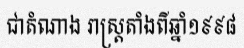
ជាតំណាង រាស្ត្រតាំងពីឆ្នាំ១៩៩៨